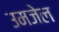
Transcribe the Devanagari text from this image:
उमजेल